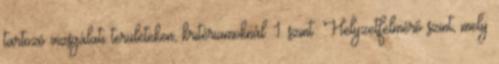
tartozó vizsgálati területeken, kritériumoknál. 1. szint: Helyzetfelmérő szint, mely